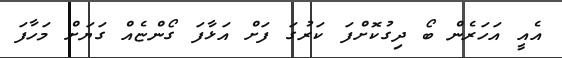
އެއީ އަހަރެން ބޯ ދިގުކޮށްފަ ކަރުގަ ފަށް އަޅާފަ ގޯންޏެއް ގަޔަށް މަހާފަ